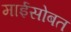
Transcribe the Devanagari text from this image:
माईसोबत